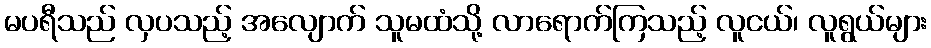
မပရီသည် လှပသည့် အလျောက် သူမထံသို့ လာရောက်ကြသည့် လူငယ်၊ လူရွယ်များ